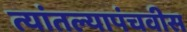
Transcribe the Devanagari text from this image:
त्यांतल्यापंचवीस